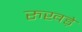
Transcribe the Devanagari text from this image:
रुखड़े